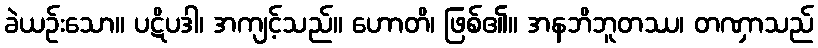
ခဲယဉ်းသော။ ပဋိပဒါ၊ အကျင့်သည်။ ဟောတိ၊ ဖြစ်၏။ အနဘိဘူတဿ၊ တဏှာသည်